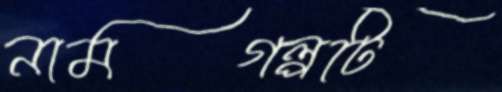
নামগল্পটি